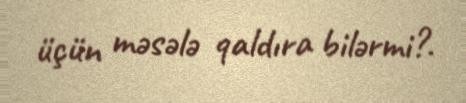
üçün məsələ qaldıra bilərmi?.